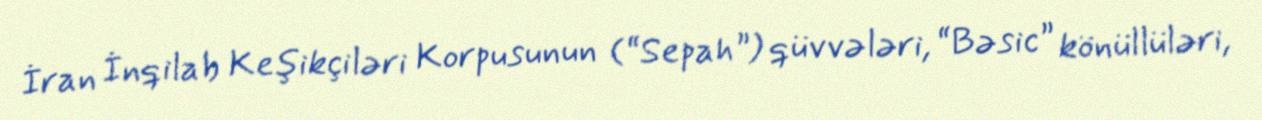
İran İnqilab Keşikçiləri Korpusunun (“Sepah”) qüvvələri, “Bəsic” könüllüləri,